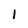
Character: 1